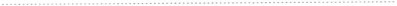
___